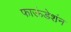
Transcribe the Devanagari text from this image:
फाऊंडेशंन